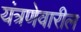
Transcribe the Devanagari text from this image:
यंत्रणेवारील